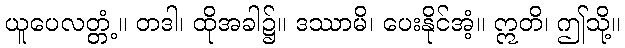
ယူပေလတ္တံ့။ တဒါ၊ ထိုအခါ၌။ ဒဿာမိ၊ ပေးနိုင်အံ့။ ဣတိ၊ ဤသို့။